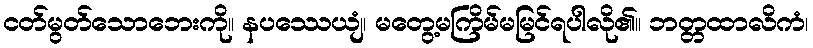
ငတ်မွတ်သောဘေးကို။ နပဿေယျံ၊ မတွေ့မကြိမ်မမြင်ရပါလို၏။ ဘတ္တထာလိကံ၊